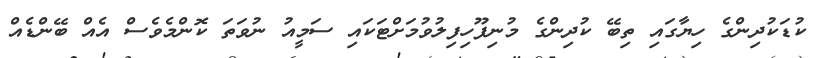
ކުޑަކުދިންގެ ހިޔާގައި ތިބޭ ކުދިންގެ މުނިފޫހިފިިލުވުމަށްޓަކައި ސަމީއު ނުވަތަ ކޮންމެވެސް އެއް ބޭންޑެއް